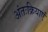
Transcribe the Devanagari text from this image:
अंतःक्रियाएं